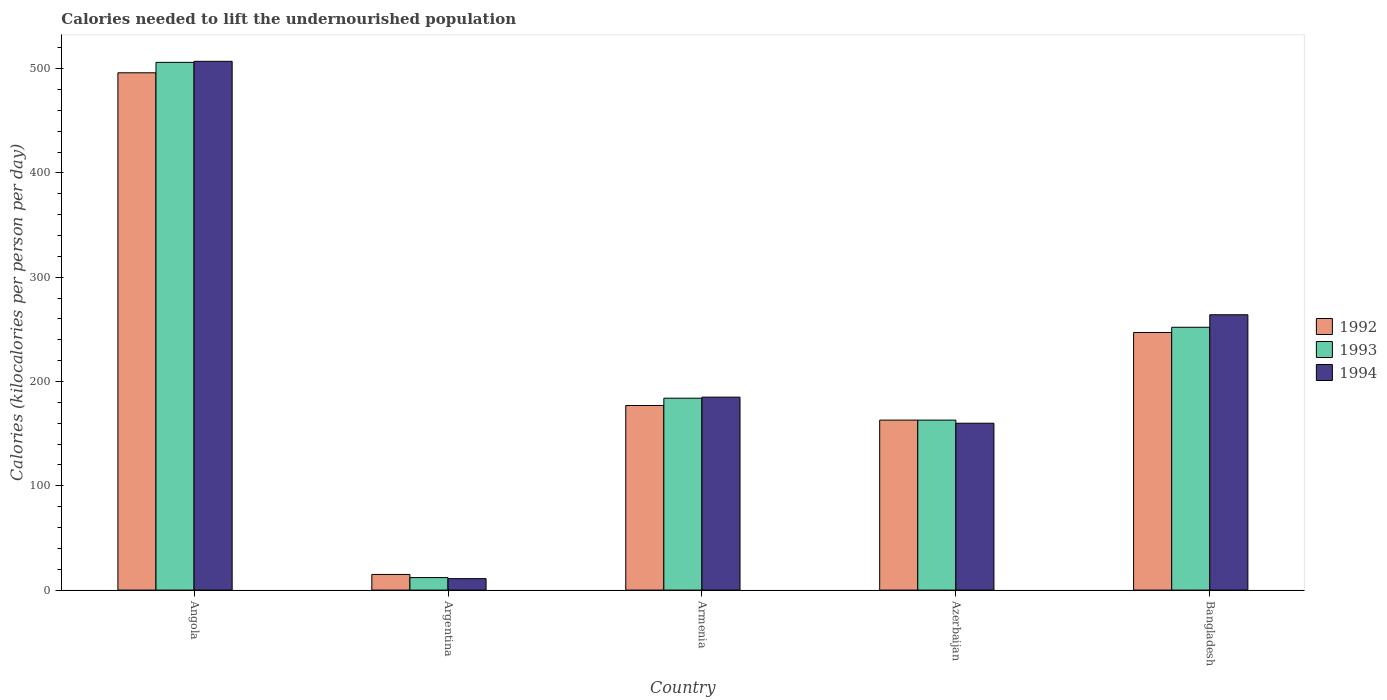
| Country | 1992 | 1993 | 1994 |
 | --- | --- | --- | --- |
 | Angola | 496 | 506 | 507 |
 | Argentina | 15 | 12 | 11 |
 | Armenia | 177 | 184 | 185 |
 | Azerbaijan | 163 | 163 | 160 |
 | Bangladesh | 247 | 252 | 264 |